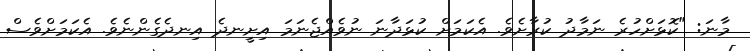
މާނަ: "ކޮޅަށްހުރެ ނަމާދު ކުރާށެވެ. އެކަމަށް ކުޅަދާނަ ނުވެއްޖެނަމަ އިށީނދެ އިނދެގެންނެވެ. އެކަމަށްވެސް